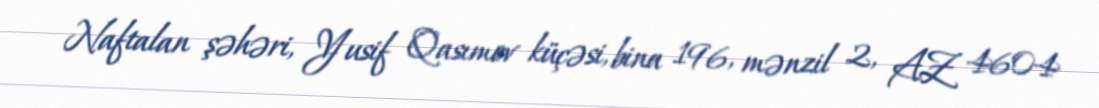
Naftalan şəhəri, Yusif Qasımov küçəsi, bina 196, mənzil 2, AZ 4604